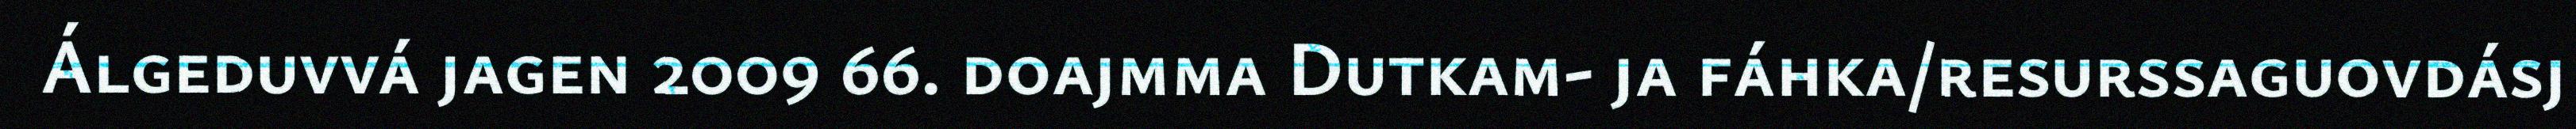
Álgeduvvá jagen 2009 66. doajmma Dutkam- ja fáhka/resurssaguovdásj